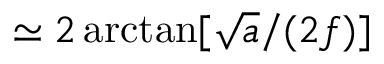
\simeq 2 \arctan [ \sqrt { a } / ( 2 f ) ]